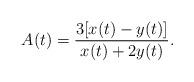
LaTeX: \begin{align*}A(t) = \frac{3[x(t) - y(t)]}{x(t) + 2 y(t)}.\end{align*}